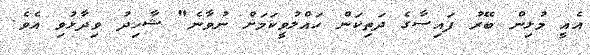
އެއީ މުޅިން ބޭރު ފައިސާގެ ދަތިކަން ހައްލުވީކަމަށް ނުވާނެ" ޝާހިދު ވިދާޅުވި އެވެ.